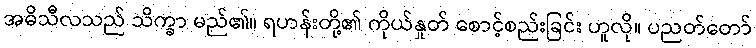
အဓိသီလသည် သိက္ခာ မည်၏။ ရဟန်းတို့၏ ကိုယ်နှုတ် စောင့်စည်းခြင်း ဟူလို။ ပညတ်တော်